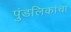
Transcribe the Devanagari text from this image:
पुंडलिकांचा